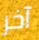
آخر